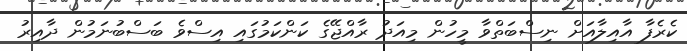
ކެރެފާ އާއިލާއަށް ނިސްބަތްވާ މީހުން މިއަދު ރާއްޖޭގެ ކަންކަމުގައި އިސްވެ ބަސްބުނަމުން ދާއިރު